Report on vaccination North-West Frontier Province 1904-1922 - 1904-1922
Year: 1904
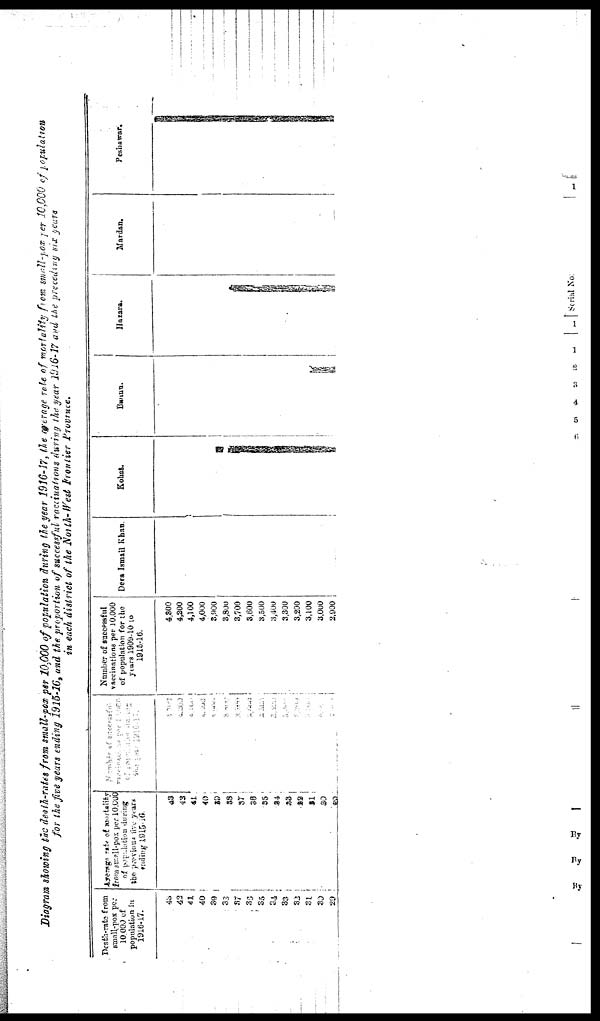
Diagram showing the death-rates from small-pox per 10,000 of population during the year 1916-17, the average rate of mortality from small-pox per 10,000 of population
for the five years ending 1915-16, and the proportion of successful vaccinations during the year 1916-l7 and the preceding six years
in each district of the North-West Frontier Province.